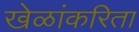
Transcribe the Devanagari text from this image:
खेळांकरिता